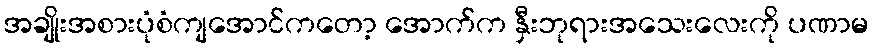
အချိုးအစားပုံစံကျအောင်ကတော့ အောက်က နှီးဘုရားအသေးလေးကို ပဏာမ